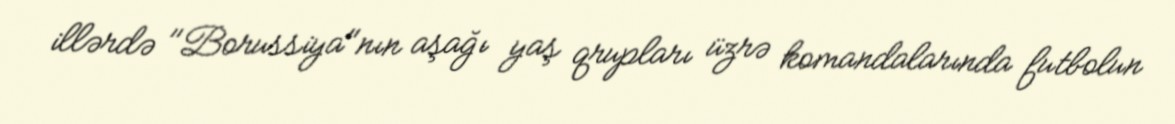
illərdə "Borussiya"nın aşağı yaş qrupları üzrə komandalarında futbolun